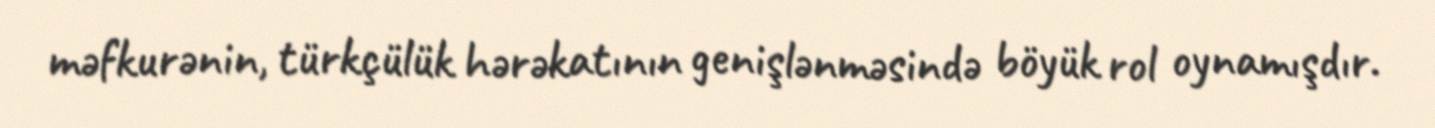
məfkurənin, türkçülük hərəkatının genişlənməsində böyük rol oynamışdır.